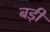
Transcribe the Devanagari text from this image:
बड़ीं